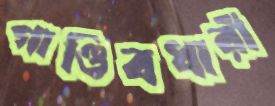
গাণ্ডিবধারী